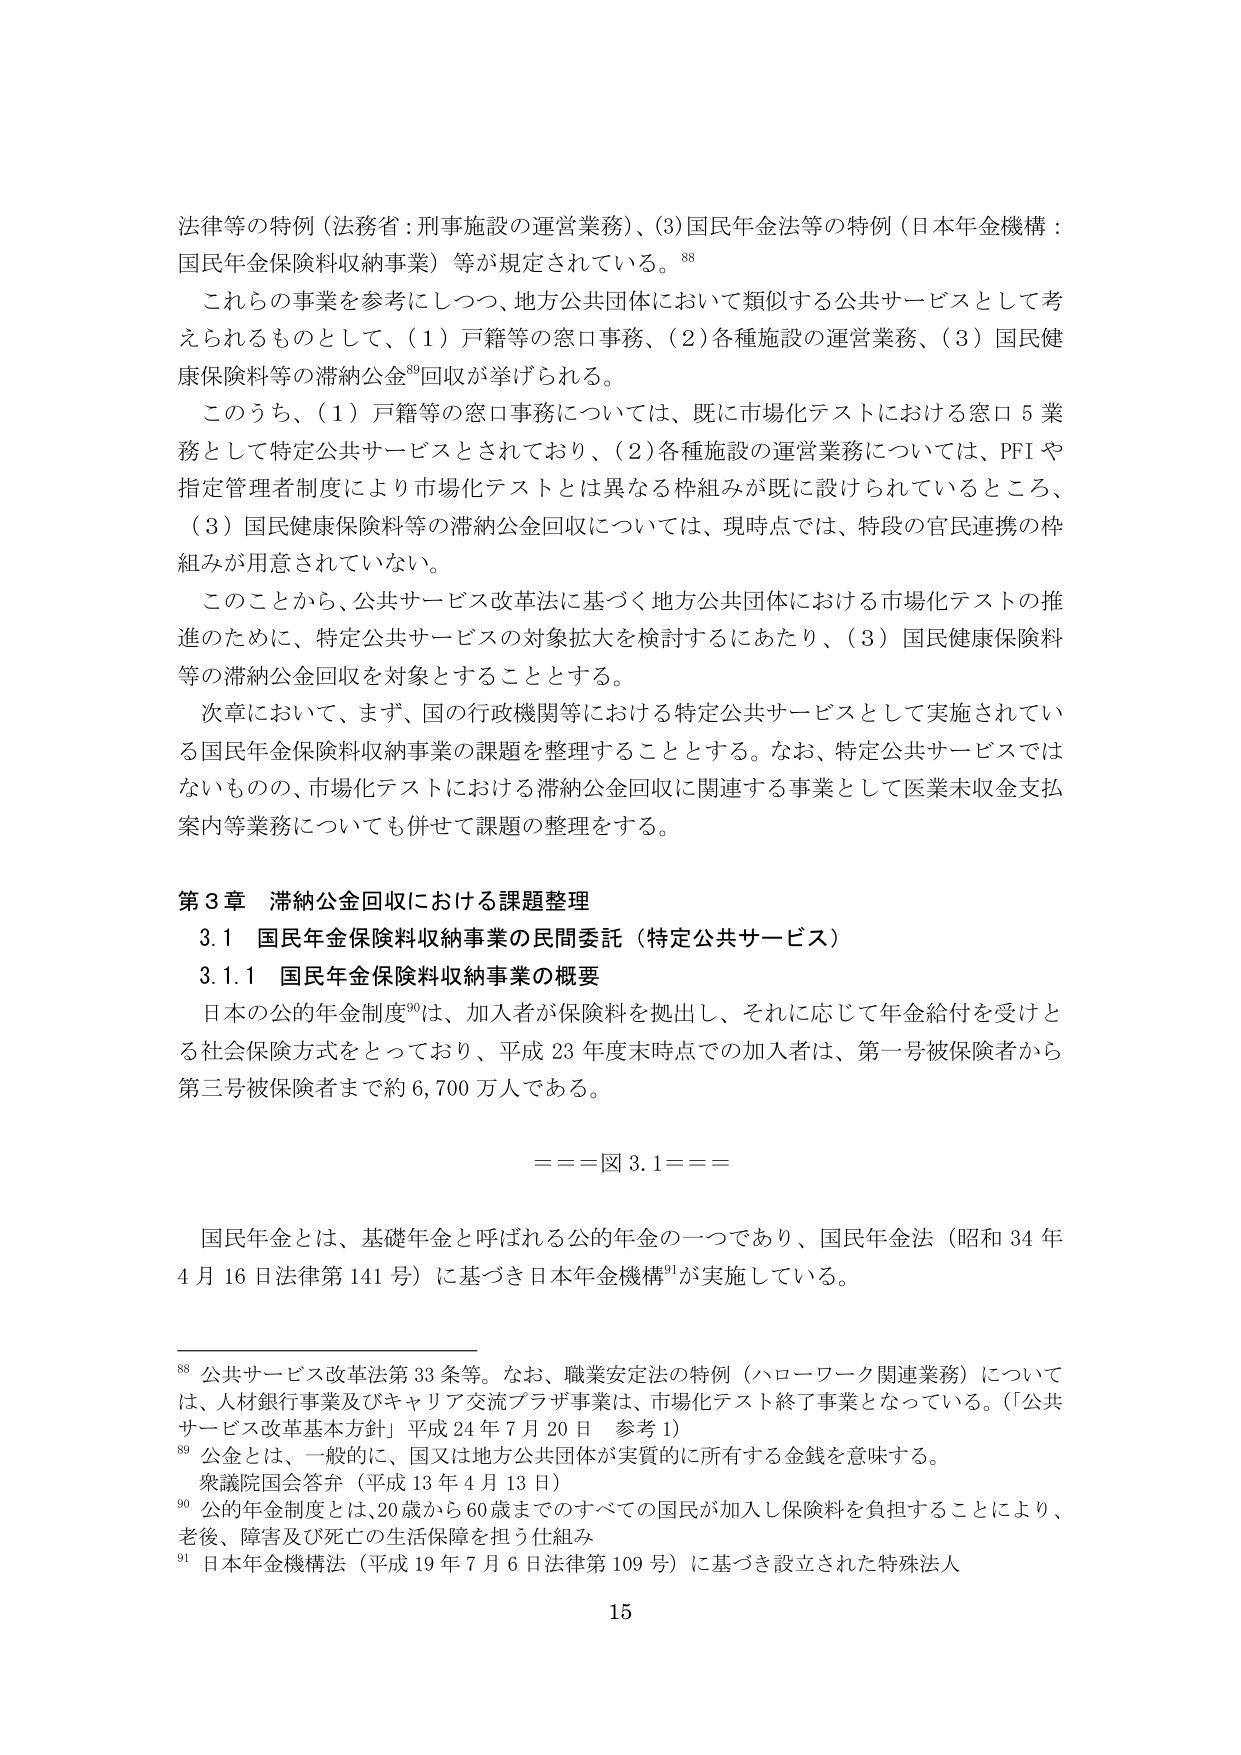
法律等の特例（法務省：刑事施設の運営業務）、（3）国民年金法等の特例（日本年金機構：国民年金保険料収納事業）等が規定されている。⁸⁸

これらの事業を参考にしつつ、地方公共団体において類似する公共サービスとして考えられるものとして、（1）戸籍等の窓口事務、（2）各種施設の運営業務、（3）国民健康保険料等の滞納公金⁸⁹回収が挙げられる。

このうち、（1）戸籍等の窓口事務については、既に市場化テストにおける窓口５業務として特定公共サービスとされており、（2）各種施設の運営業務については、PFIや指定管理者制度により市場化テストとは異なる枠組みが既に設けられているところ、（3）国民健康保険料等の滞納公金回収については、現時点では、特段の官民連携の枠組みが用意されていない。

このことから、公共サービス改革法に基づく地方公共団体における市場化テストの推進のために、特定公共サービスの対象拡大を検討するにあたり、（3）国民健康保険料等の滞納公金回収を対象とすることとする。

次章において、まず、国の行政機関等における特定公共サービスとして実施されている国民年金保険料収納事業の課題を整理することとする。なお、特定公共サービスではないものの、市場化テストにおける滞納公金回収に関連する事業として医業未収金支払案内等業務についても併せて課題の整理をする。

第3章 滞納公金回収における課題整理

3.1 国民年金保険料収納事業の民間委託（特定公共サービス）

3.1.1 国民年金保険料収納事業の概要

日本の公的年金制度⁹⁰は、加入者が保険料を拠出し、それに応じて年金給付を受けとる社会保険方式をとっており、平成23年度末時点での加入者は、第一号被保険者から第三号被保険者まで約6,700万人である。

===図3.1===

国民年金とは、基礎年金と呼ばれる公的年金の一つであり、国民年金法（昭和34年4月16日法律第141号）に基づき日本年金機構⁹¹が実施している。

⁸⁸ 公共サービス改革法第33条等。なお、職業安定法の特例（ハローワーク関連業務）については、人材銀行事業及びキャリア交流プラザ事業は、市場化テスト終了事業となっている。（「公共サービス改革基本方針」平成24年7月20日 参考1）

⁸⁹ 公金とは、一般的に、国又は地方公共団体が実質的に所有する金銭を意味する。
衆議院国会答弁（平成13年4月13日）

⁹⁰ 公的年金制度とは、20歳から60歳までのすべての国民が加入し保険料を負担することにより、老後、障害及び死亡の生活保障を担う仕組み

⁹¹ 日本年金機構法（平成19年7月6日法律第109号）に基づき設立された特殊法人

15